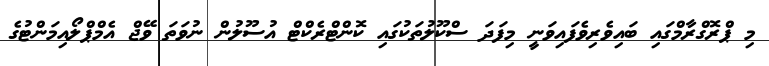
މި ޕްރޮގްރާމްގައި ބައިވެރިވެފައިވަނީ މިފަދަ ސްކޫލުތަކުގައި ކޮންޓްރެކްޓް އުސޫލުން ނުވަތަ ވޭޖް އެމްޕްލޯއިމަންޓުގެ